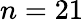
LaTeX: n=21